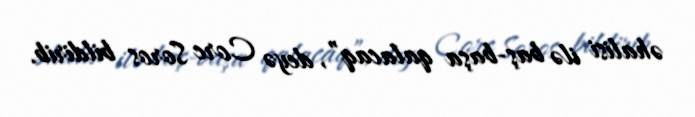
əhalisi ilə baş-başa qalacaq”, deyə Corc Soros bildirib.